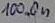
Text: 100.0n